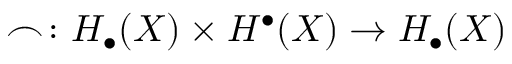
\frown \colon H _ { \bullet } ( X ) \times H ^ { \bullet } ( X ) \to H _ { \bullet } ( X )